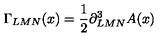
\Gamma _ { L M N } ( x ) = { \frac { 1 } { 2 } } \partial _ { L M N } ^ { 3 } A ( x )